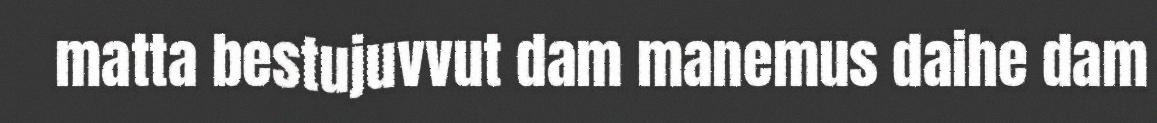
matta bestujuvvut dam manemus daihe dam